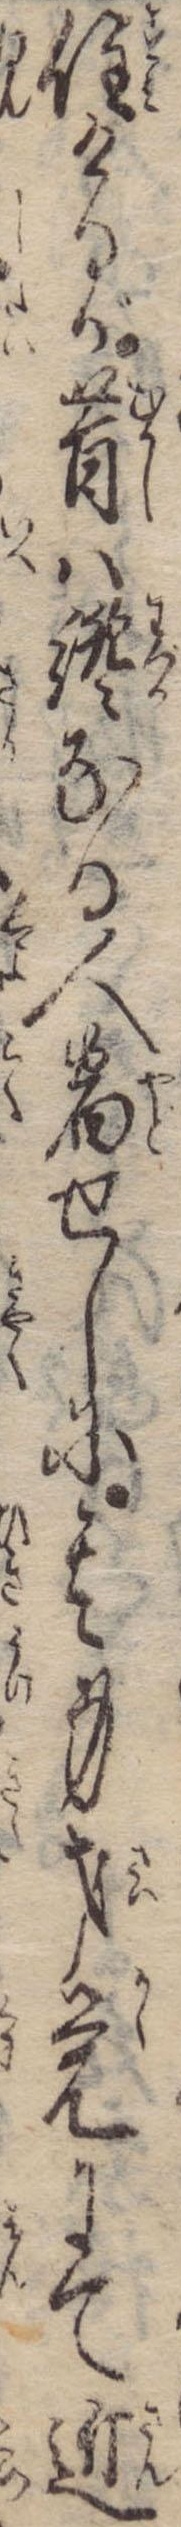
住けるが昔は纔なる人宿せしに其身才覚にて近